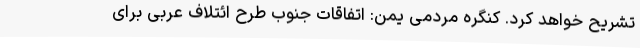
تشریح خواهد کرد. کنگره مردمی یمن: اتفاقات جنوب طرح ائتلاف عربی برای